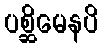
ပစ္ဆိမေနပိ